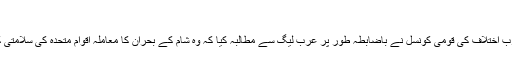
‘
اس سے قبل شام میں حزبِ اختلاف کی قومی کونسل نے باضابطہ طور پر عرب لیگ سے مطالبہ کیا کہ وہ شام کے بحران کا معاملہ اقوامِ متحدہ کی سلامتی کونسل کے پاس بھیجے۔